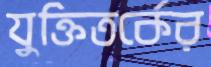
যুক্তিতর্কের